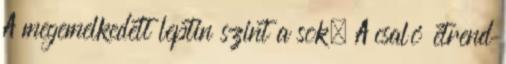
A megemelkedett leptin szint a sok. A csaló étrend